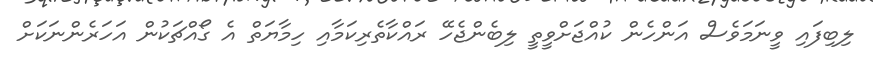
ލިބިފައި ވީނަމަވެސް އަންހެން ކުއްޖަށްވީތީ ލިބެންޖެހޭ ރައްކާތެރިކަމާއި ހިމާޔަތް އެ ގޯއްޗަކުން އަހަރެންނަކަށް